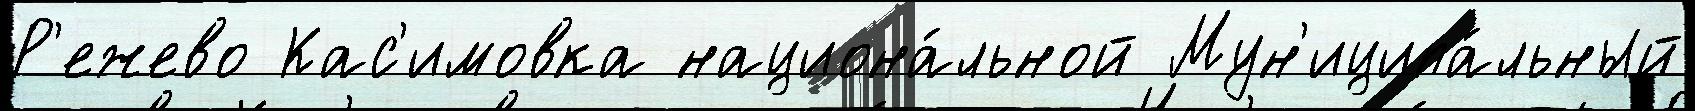
Р'ежево Кас'имовка национа́льной Мун'иципа́льный